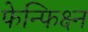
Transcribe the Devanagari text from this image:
फेन्फिक्ष्न